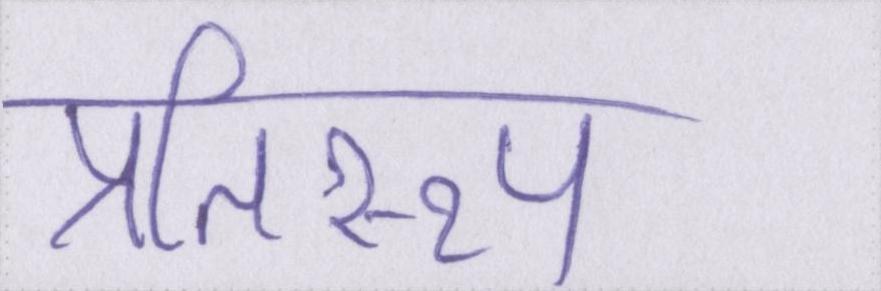
प्रतिरूप